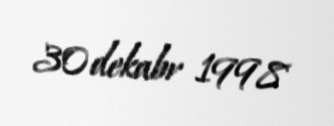
30 dekabr 1998